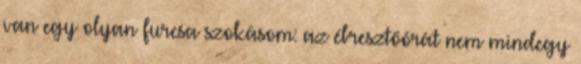
van egy olyan furcsa szokásom: az ébresztőórát nem mindegy